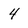
Character: 4